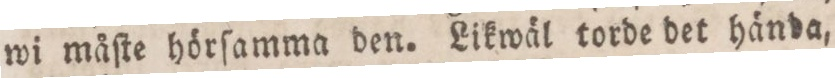
wi måſte hörſamma den. Likwäl torde det hända,